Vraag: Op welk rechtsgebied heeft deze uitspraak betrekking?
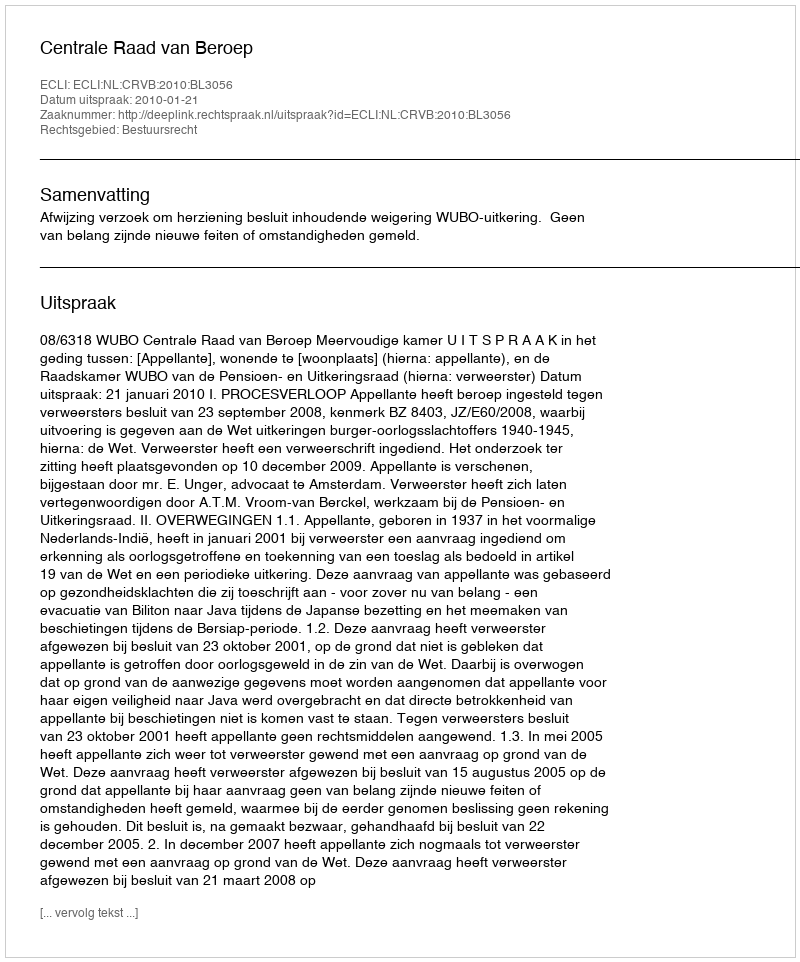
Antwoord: Bestuursrecht